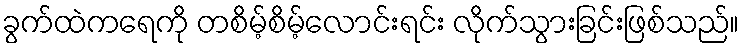
ခွက်ထဲကရေကို တစိမ့်စိမ့်လောင်းရင်း လိုက်သွားခြင်းဖြစ်သည်။